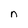
Character: n